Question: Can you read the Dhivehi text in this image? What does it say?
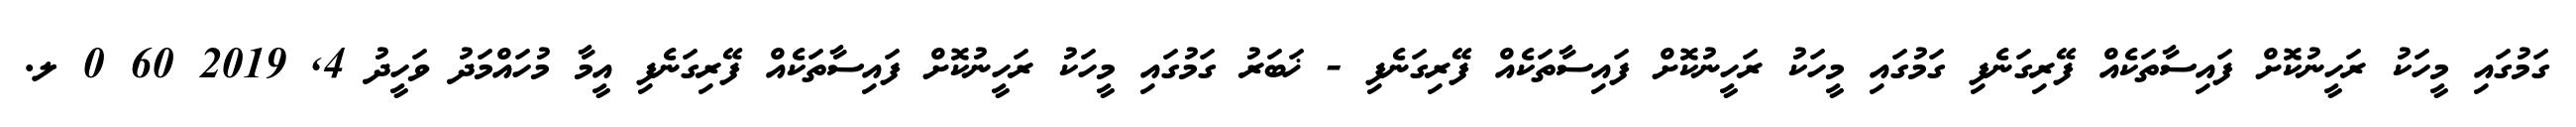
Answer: ގަމުގައި މީހަކު ރަހީނުކޮށް ފައިސާތަކެއް ފޭރިގަނެފި ގަމުގައި މީހަކު ރަހީނުކޮށް ފައިސާތަކެއް ފޭރިގަނެފި - ޚަބަރު ގަމުގައި މީހަކު ރަހީނުކޮށް ފައިސާތަކެއް ފޭރިގަނެފި އީމާ މުހައްމަދު ވަހީދު 4, 2019 60 0 ލ.